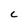
Character: C